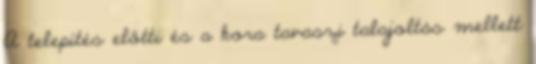
A telepítés előtti és a kora tavaszi talajoltás mellett